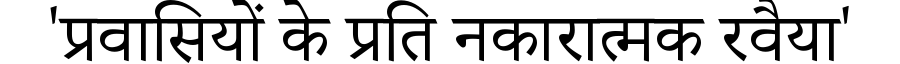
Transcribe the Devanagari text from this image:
'प्रवासियों के प्रति नकारात्मक रवैया'